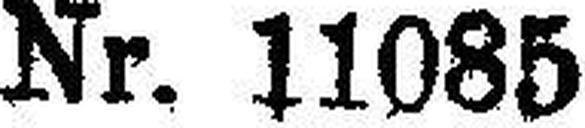
Nr. 11085